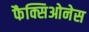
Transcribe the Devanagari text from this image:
फैक्सिओनेस